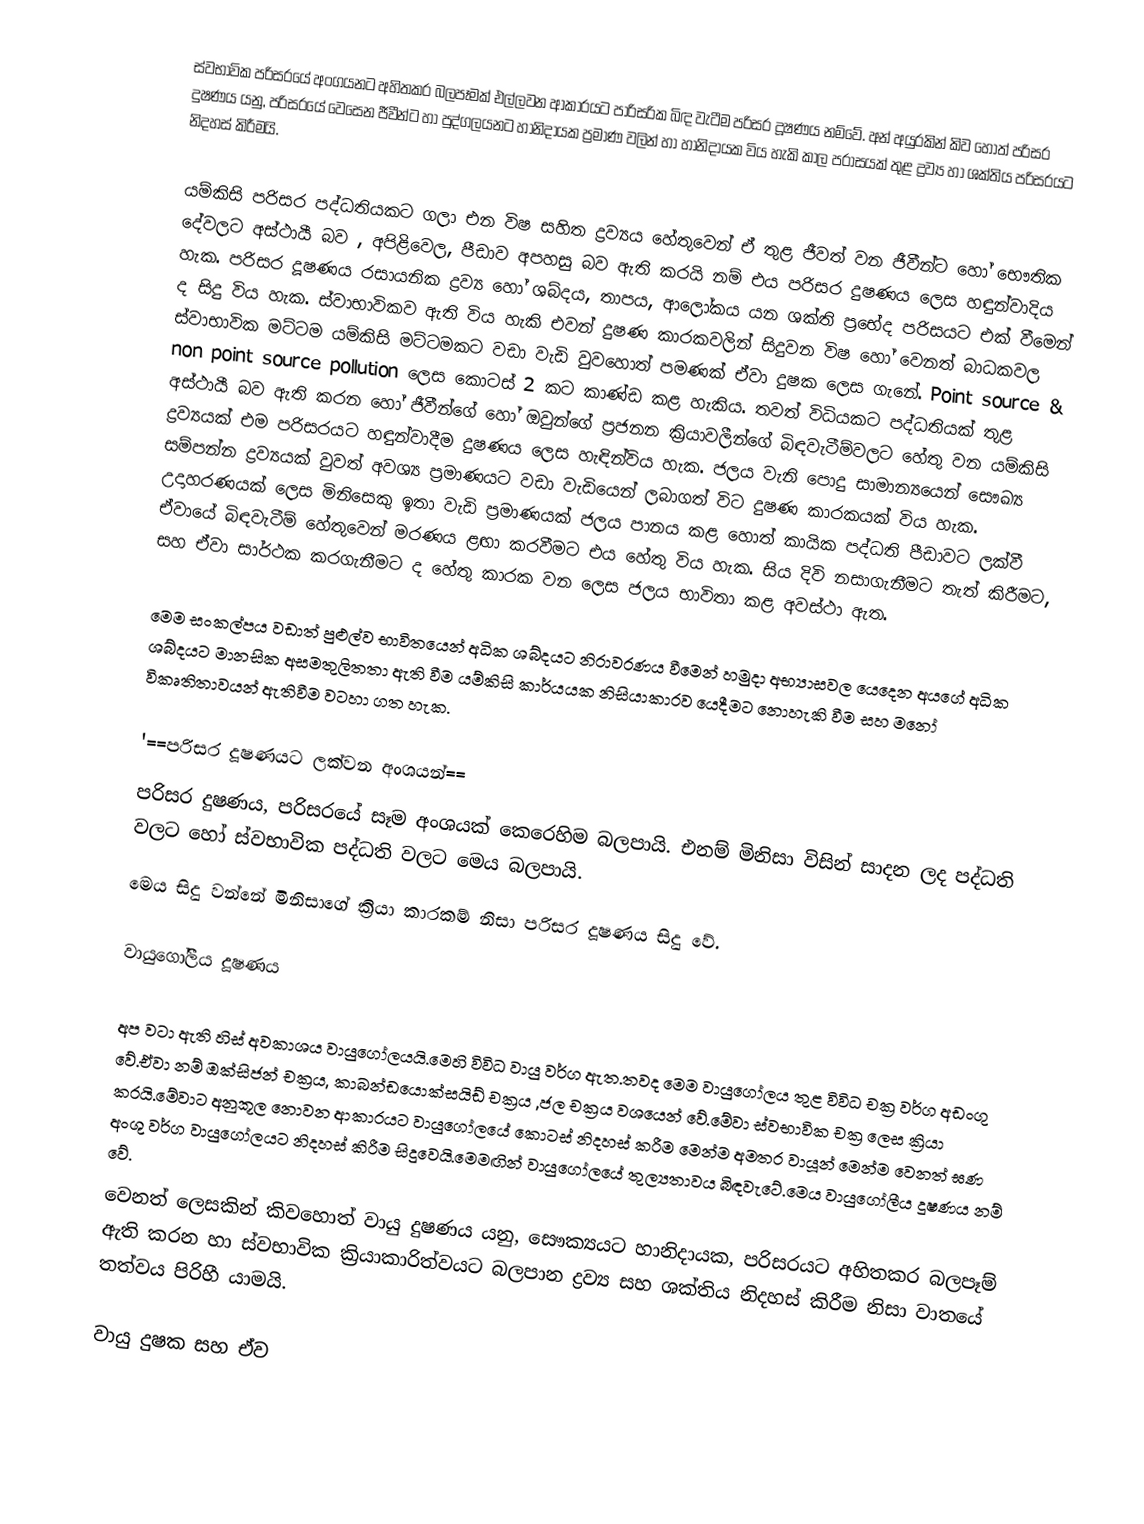
ස්වභාවික පරිසරයේ අංගයන‍්ට අහිතකර බලපෑමක් එල්ලවන ආකාරයට පාරිසරික බිඳ වැටීම පරිසර දූෂණය නම්වේ. අන් අයුරකින් කිව හොත් පරිසර දුෂණය යනු, පරිසරයේ වෙසෙන ජීවීන්ට හා පුද්ගලයනට හානිදායක ප්‍රමාණ වලින් හා හානිදායක විය හැකි කාල පරාසයක් තුළ ද්‍රව්‍ය හා ශක්තිය පරිසරයට නිදහස් කිරීමයි.

යම්කිසි පරිසර පද්ධතියකට ගලා එන විෂ සහිත ද්‍රව්‍යය හේතුවෙන් ඒ තුළ ජීවත් වන ජීවීන්ට හෝ භෞතික දේවලට අස්ථායී බව , අපිළිවෙල, පීඩාව අපහසු බව ඇති කරයි නම් එය පරිසර දුෂණය ලෙස හඳුන්වාදිය හැක. පරිසර දූෂණය රසායනික ද්‍රව්‍ය හෝ ශබ්දය, තාපය, ආලෝකය යන ශක්ති ප්‍රභේද පරිසයට එක් වීමෙන් ද සිදු විය හැක. ස්වාභාවිකව ඇති විය හැකි එවන් දුෂණ කාරකවලින් සිදුවන විෂ හෝ වෙනත් බාධකවල ස්වාභාවික මට්ටම යම්කිසි මට්ටමකට වඩා වැඩි වුවහොත් පමණක් ඒවා දුෂක ලෙස ගැනේ. Point source & non point source pollution ලෙස කොටස් 2 කට කාණ්ඩ කළ හැකිය. තවත් විධියකට පද්ධතියක් තුළ අස්ථායී බව ඇති කරන හෝ ජීවීන්ගේ හෝ ඔවුන්ගේ ප්‍රජනන ක්‍රියාවලීන්ගේ බිඳවැටීම්වලට හේතු වන යම්කිසි ද්‍රව්‍යයක් එම පරිසරයට හඳුන්වාදීම දුෂණය ලෙස හැඳින්විය හැක. ජලය වැනි පොදු සාමාන්‍යයෙන් සෞඛ්‍ය සම්පන්න ද්‍රව්‍යයක් වුවත් අවශ්‍ය ප්‍රමාණයට වඩා වැඩියෙන් ලබාගත් විට දුෂණ කාරකයක් විය හැක. උදාහරණයක් ලෙස මිනිසෙකු ඉතා වැඩි ප්‍රමාණයක් ජලය පානය කළ හොත් කායික පද්ධති පීඩාවට ලක්වී ඒවායේ බිඳවැටීම් හේතුවෙන් මරණය ළඟා කරවීමට එය හේතු විය හැක. සිය දිවි නසාගැනීමට තැත් කිරීම‍‍ට, සහ ඒවා සාර්ථක කරගැනීමට ද හේතු කාරක වන ලෙස ජලය භාවිතා කළ අවස්ථා ඇත.

මෙම සංකල්පය වඩාත් පුළුල්ව භාවිතයෙන් අධික ශබ්දයට නිරාවරණය වීමෙන් හමුදා අභ්‍යාසවල යෙදෙන අයගේ අධික ශබ්දයට මානසික අසමතුලිතතා ඇති වීම යම්කිසි කාර්යයක නිසියාකාරව යෙදීමට නොහැකි වීම සහ මනෝ විකෘතිතාවයන් ඇතිවීම වටහා ගත හැක.

'==පරිසර දූෂණයට ලක්වන අංශයන්==
පරිසර දුෂණය, පරිසරයේ සෑම අංශයක් කෙරෙහිම බලපායි. එනම් මිනිසා විසින් සාදන ලද පද්ධති වලට හෝ ස්වභාවික පද්ධති වලට මෙය බලපායි.
මෙය සිදු වන්නේ මිනිසාගේ ක්‍රියා කාරකම් නිසා පරිසර දූෂණය සිදු වේ.

වායුගෝලීය දූෂණය

අප වටා ඇති හිස් අවකාශය වායුගෝලයයි.මෙහි විවිධ වායු වර්ග ඇත.තවද මෙම වායුගෝලය තුළ විවිධ චක්‍ර වර්ග අඩංගු වේ.ඒවා නම් ඔක්සිජන් චක්‍රය, කාබන්ඩයොක්සයිඩ් චක්‍රය ,ජල චක්‍රය වශයෙන් වේ.‍මේවා ස්වභාවික චක්‍ර ලෙස ක්‍රියා කරයි.මේවාට අනුකූල නොවන ආකාරය‍ට වායුගෝලයේ කො‍ටස් නිදහස් කරීම මෙන්ම අමතර වායූන් මෙන්ම වෙනත් ඝණ අංශු වර්ග වායුගෝලයට නිදහස් කිරීම  සිදුවෙයි.මෙමඟින් වායුගෝලයේ තුල්‍යතාවය බිඳවැටේ.මෙය වායුගෝලීය දූෂණය නම් වේ.
වෙනත් ලෙසකින් කිවහොත් වායු දුෂණය යනු, සෞක්‍යයට හානිදායක, පරිසරයට අහිතකර බලපෑම් ඇති කරන හා ස්වභාවික ක්‍රියාකාරිත්වයට බලපාන ද්‍රව්‍ය සහ ශක්තිය නිදහස් කිරීම නිසා වාතයේ තත්වය පිරිහී යාමයි.

වායු දුෂක සහ ඒව